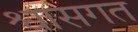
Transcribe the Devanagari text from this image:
श्वासगत